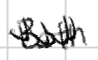
Text: Both
Cross-out: zig-zag
Writing tool: digital_black